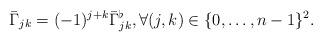
LaTeX: \begin{align*} \bar{\Gamma}_{jk} = (-1)^{j+k}\bar{\Gamma}^\flat_{jk},\forall (j,k)\in\{0,\dots,n-1\}^2.\end{align*}